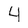
Character: 4